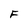
Character: F